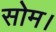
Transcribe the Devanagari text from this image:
सोम।